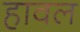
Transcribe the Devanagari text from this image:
हावल